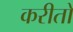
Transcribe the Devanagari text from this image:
करीतो